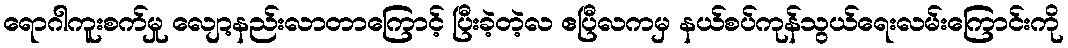
ရောဂါကူးစက်မှု လျော့နည်းလာတာကြောင့် ပြီးခဲ့တဲ့လ ဧပြီလကမှ နယ်စပ်ကုန်သွယ်ရေးလမ်းကြောင်းကို